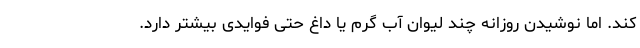
کند. اما نوشیدن روزانه چند لیوان آب گرم یا داغ حتی فوایدی بیشتر دارد.